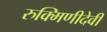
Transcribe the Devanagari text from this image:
रुक्मिणीदेवी